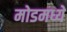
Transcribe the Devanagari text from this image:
मोडमध्ये